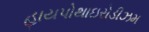
હાયપોથાઇરોડીઝમ